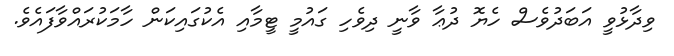
ވިދާޅުވީ އަބަދުވެސް ހެޔޮ ދުޢާ ވާނީ ދިވެހި ގައުމީ ޓީމާއި އެކުގައިކަން ހާމަކުރައްވާފައެވެ.